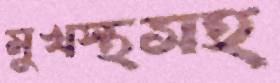
মুখস্থসহ